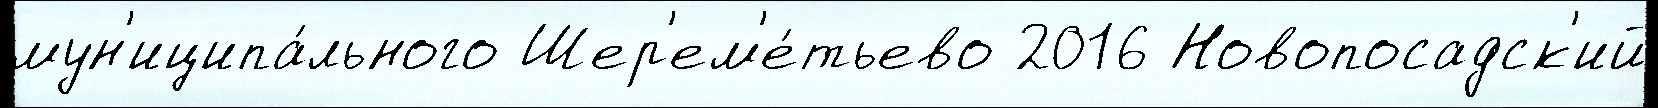
мун'иципа́льного Шер'ем'е́тьево 2016 Новопосадск'ий